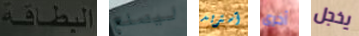
البطاقة ليصنع آستريد أخرى يخجل